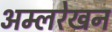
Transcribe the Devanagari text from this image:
अम्लरेखन